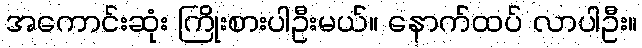
အကောင်းဆုံး ကြိုးစားပါဦးမယ်။ နောက်ထပ် လာပါဦး။